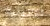
القانونية